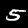
Label: 5